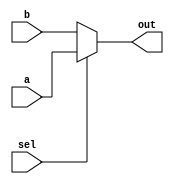
module mux21 #(parameter WL = 1)
                (input sel, 
                  input signed [WL-1:0] a, b,
                  output signed [WL - 1:0] out);
    assign out = sel ? a : b;

endmodule